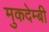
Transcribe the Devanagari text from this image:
मुकदेम्बी